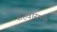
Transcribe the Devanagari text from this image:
रहिवासाचे